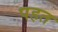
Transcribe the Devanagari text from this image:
पहत